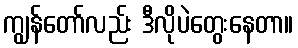
ကျွန်တော်လည်း ဒီလိုပဲတွေးနေတာ။